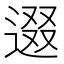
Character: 逫